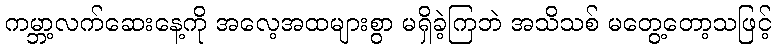
ကမ္ဘာ့လက်ဆေးနေ့ကို အလေ့အထများစွာ မရှိခဲ့ကြဘဲ အသိသစ် မတွေ့တော့သဖြင့်